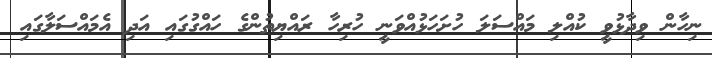
ނިހާން ވިދާޅުވީ ކުއްލި މައްސަލަ ހުށަހަޅުއްވަނީ ހުރިހާ ރައްޔިތުންގެ ހައްގުގައި އަދި އެމައްސަލާގައި